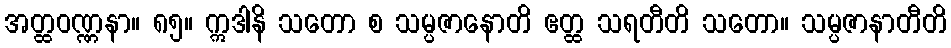
အတ္ထဝဏ္ဏနာ။ ၈၅။ ဣဒါနိ သတော စ သမ္ပဇာနောတိ ဧတ္ထ သရတီတိ သတော။ သမ္ပဇာနာတီတိ